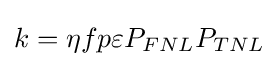
k=\eta fp\varepsilon P_{FNL}P_{TNL}